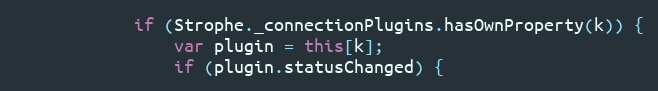
Language: JavaScript
            if (Strophe._connectionPlugins.hasOwnProperty(k)) {
                var plugin = this[k];
                if (plugin.statusChanged) {